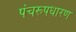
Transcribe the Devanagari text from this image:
पंचरूपधारण